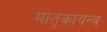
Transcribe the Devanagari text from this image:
मातृकायन्त्र